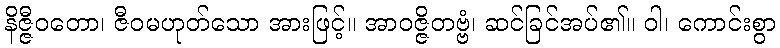
နိဇ္ဇီဝတော၊ ဇီဝမဟုတ်သော အားဖြင့်။ အာဝဇ္ဇိတဗ္ဗံ၊ ဆင်ခြင်အပ်၏။ ဝါ၊ ကောင်းစွာ